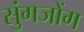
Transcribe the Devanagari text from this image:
सुंगजोंग